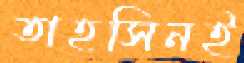
তাহসিনই